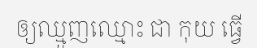
ឲ្យឈ្មួញឈ្មោះ ជា កុយ ធ្វើ